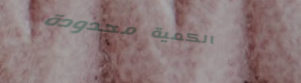
الكمية محدودة